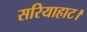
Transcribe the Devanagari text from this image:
सरियाहाट।